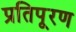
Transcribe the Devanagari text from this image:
प्रतिपूरण